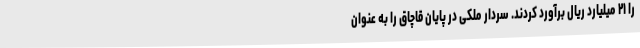
را ۲۱ میلیارد ریال برآورد کردند. سردار ملکی در پایان قاچاق را به عنوان